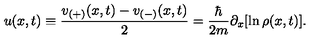
u ( x , t ) \equiv \frac { v _ { ( + ) } ( x , t ) - v _ { ( - ) } ( x , t ) } { 2 } = \frac { \hbar } { 2 m } \partial _ { x } [ \ln \rho ( x , t ) ] .